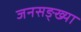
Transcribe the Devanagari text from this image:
जनसङ्ख्या